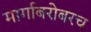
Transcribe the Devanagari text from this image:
मार्गाबरोबरच